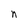
Character: n